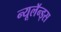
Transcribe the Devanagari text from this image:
न्यूलॅन्ड्स